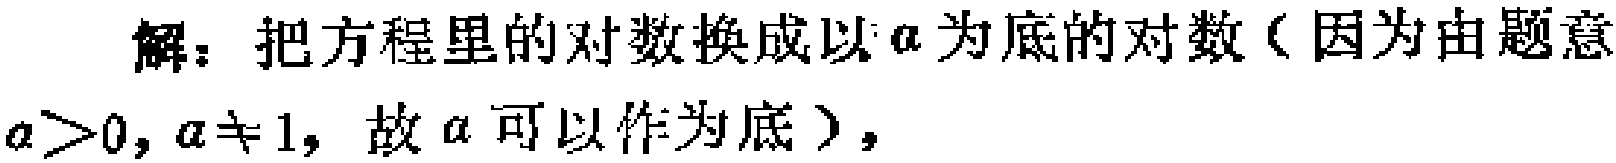
解：把方程里的对数换成以\(a\)为底的对数（因为由题意\(a > 0, a\neq 1\)，故\(a\)可以作为底），